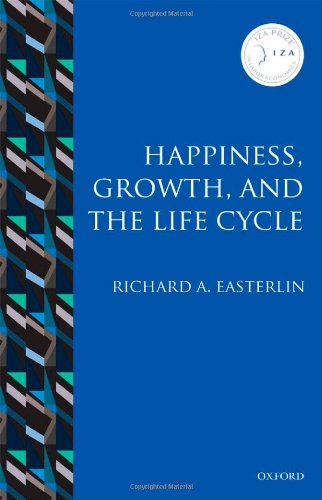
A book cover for Happiness, Growth, and the Life Cycle (IZA Prize in Labor Economics); Richard A. Easterlin; Business & Money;